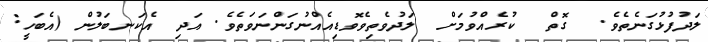
ލަދުފުޅުގަނެތެވެ.  ގޮތް  ކުރެއްވުމަށް  ލަދުވެތިވެވޮޑިއެއްނުގަންނަވަތެވެ. އަދި އެކަނބަލުން (އެބަހީ: